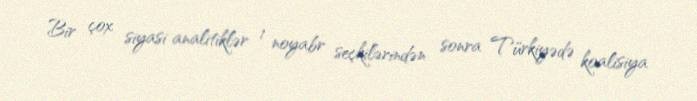
Bir çox siyasi analitiklər 1 noyabr seçkilərindən sonra Türkiyədə koalisiya